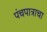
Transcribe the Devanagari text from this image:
पंचपात्राचा